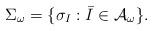
LaTeX: \begin{align*}\Sigma_\omega=\{\sigma_I: \bar{I}\in \mathcal A_\omega\}.\end{align*}